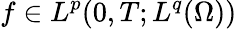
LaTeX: f\in L^{p}(0,T;L^{q}(\Omega))